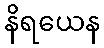
နိရယေန